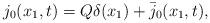
LaTeX: \begin{align*}j_0(x_1,t) =Q\delta(x_1) + \bar{j}_0(x_1,t),\end{align*}